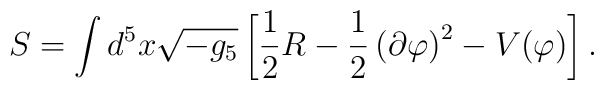
S = \int d^5 x \sqrt{-g_5}\left[\frac{1}{2}R -\frac{1}{2}\left(\partial \varphi\right)^2 -V(\varphi)\right].